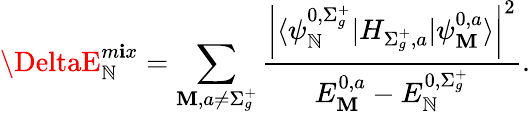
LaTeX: \DeltaE_{\mathbb{N}}^{m\mathbf{i}x}=\sum_{\mathbf{M},a\neq\Sigma_{g}^{+}}\frac{{\left|\langle\psi_{\mathbb{N}}^{0,\Sigma_{g}^{+}}|H_{\Sigma_{g}^{+},a}|\psi_{\mathbf{M}}^{0,a}\rangle\right|^{2}}}{{E_{\mathbf{M}}^{0,a}-E_{\mathbb{N}}^{0,\Sigma_{g}^{+}}}}.